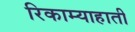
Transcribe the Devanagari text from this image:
रिकाम्याहाती